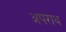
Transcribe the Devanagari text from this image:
अपराथ